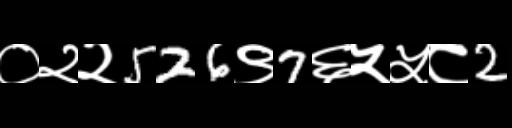
Text: ०२२526९7६५५८2